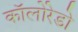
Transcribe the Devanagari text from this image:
कॉलोरेडो